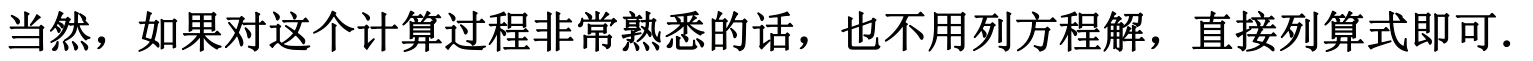
当然，如果对这个计算过程非常熟悉的话，也不用列方程解，直接列算式即可.